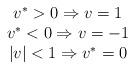
LaTeX: \begin{align*}\begin{array}[c]{c}v^{\ast}>0\Rightarrow v=1\\v^{\ast}<0\Rightarrow v=-1\\\left\vert v\right\vert <1\Rightarrow v^{\ast}=0\end{array}\end{align*}